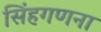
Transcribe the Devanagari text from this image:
सिंहगणना